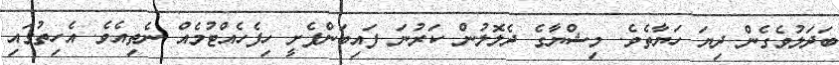
ބަދަލުވެގެން ދިޔަ ހަޔާތެވެ. މިޝްޔާގެ ދެލޮލުން ކަރުނަ ފައިބަންފެށީ ހިފެހެއްޓުމެއް ނެތިއެވެ. އެހިތުގައި